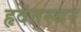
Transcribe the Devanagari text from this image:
हृदंतस्थर